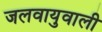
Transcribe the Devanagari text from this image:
जलवायुवाली